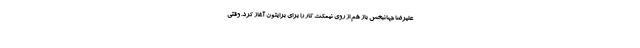
علیرضا جهانبخش باز هم از روی نیمکت کار را برای برایتون آغاز کرد. وقتی